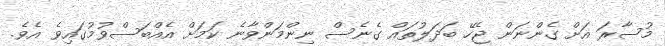
މުސާރަ އަށް ގެންނަން ޖެހޭ ބަދަލުތައް ގެނެސް ނިންމަންވާނެ ކަމަށް އެއްބަސްވުމުގައިވެ އެވެ.